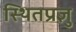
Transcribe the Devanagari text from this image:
स्थितप्रज्ञु